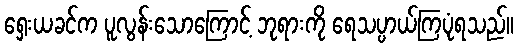
ရှေးယခင်က ပူလွန်းသောကြောင့် ဘုရားကို ရေသပ္ပာယ်ကြပုံရသည်။